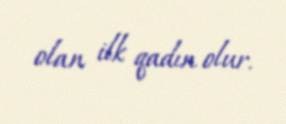
olan ilk qadın olur.